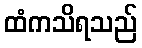
ထံကသိရသည်